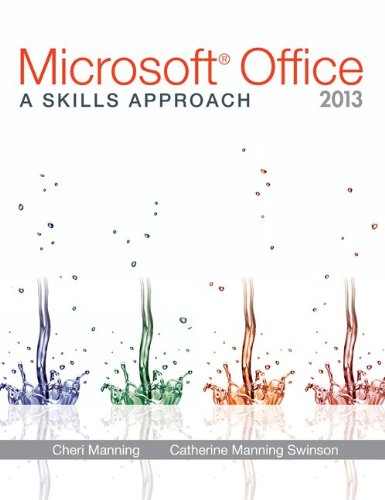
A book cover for MicrosoftÂ® Office 2013: A Skills Approach; Inc. Triad Interactive; Computers & Technology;